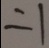
= 1